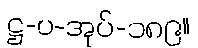
ဋ္ဌ-ပ-အုပ်-၁၈၉။